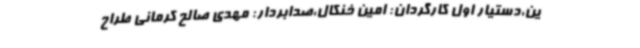
ین،دستیار اول کارگردان: امین خنکال،صدابردار: مهدی صالح کرمانی طراح